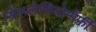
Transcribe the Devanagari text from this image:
सिम्प्लेसियोमॉर्फी